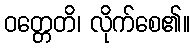
ဝတ္တေတိ၊ လိုက်စေ၏။